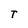
Character: T